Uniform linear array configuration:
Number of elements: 32
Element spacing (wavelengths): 0.25
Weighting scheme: kaiser
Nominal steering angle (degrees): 60
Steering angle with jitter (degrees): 60.373
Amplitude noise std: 0.05
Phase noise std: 0.05

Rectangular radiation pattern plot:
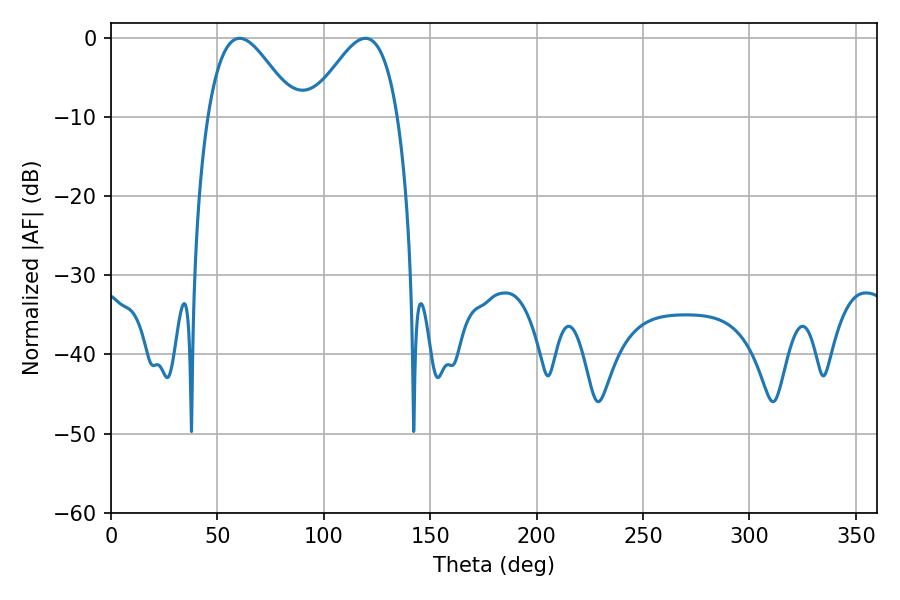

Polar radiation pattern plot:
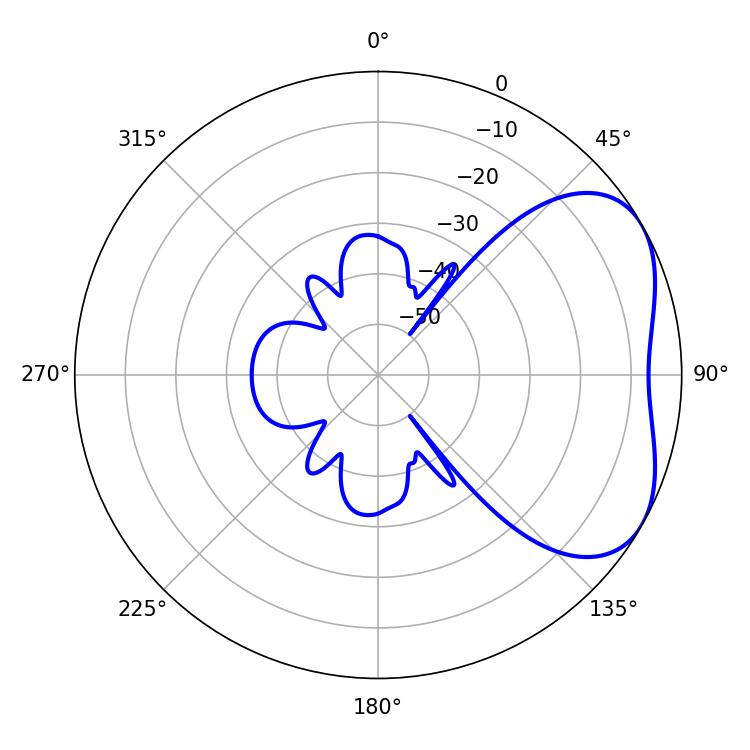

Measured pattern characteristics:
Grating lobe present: FALSE
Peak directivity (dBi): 4.16
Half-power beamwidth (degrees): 22.14
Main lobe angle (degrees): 60.48